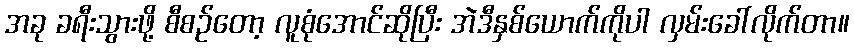
အခု ခရီးသွားဖို့ စီစဉ်တော့ လူစုံအောင်ဆိုပြီး အဲဒီနှစ်ယောက်ကိုပါ လှမ်းခေါ်လိုက်တာ။